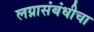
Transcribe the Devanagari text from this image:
लग्नासंबंधीचा